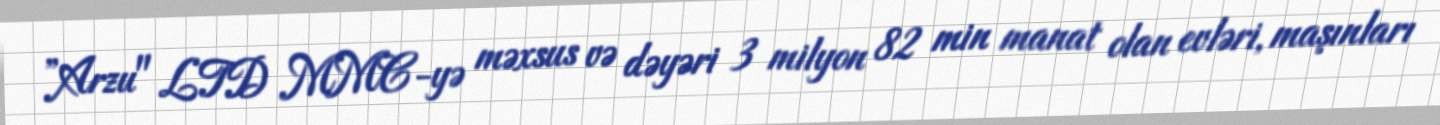
”Arzu" LTD MMC-yə məxsus və dəyəri 3 milyon 82 min manat olan evləri, maşınları